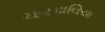
ચારમાલિયા